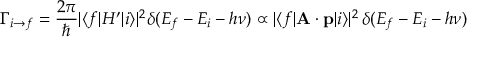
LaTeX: \Gamma _ { i \to f } = { \frac { 2 \pi } { \hbar } } | \langle f | H ^ { \prime } | i \rangle | ^ { 2 } \delta ( E _ { f } - E _ { i } - h \nu ) \propto | \langle f | \mathbf { A } \cdot \mathbf { p } | i \rangle | ^ { 2 } \, \delta ( E _ { f } - E _ { i } - h \nu )